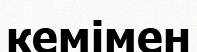
кемімен